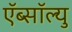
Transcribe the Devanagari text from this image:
ऍब्सॉल्यु